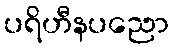
ပရိဟီနပညော